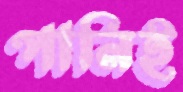
পানিই